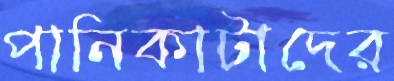
পানিকাটাদের